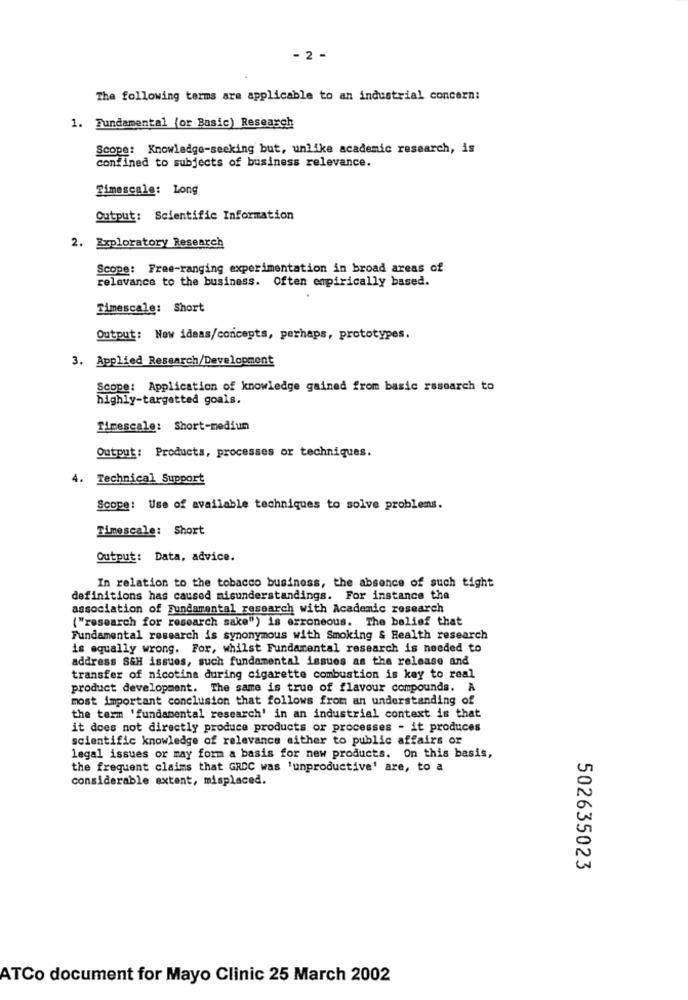
- 2 -
The following terms are applicable to an industrial concern:
1. Fundamental (or Basic) Research
Scope: Knowledge-seeking but, unlike academic research, is
confined to subjects of business relevance.
Timescale: Long
Output: Scientific Information
2. Exploratory Research
Scope: Free-ranging experimentation in broad areas of
relevance to the business. Often empirically based.
Timescale: Short
Output: New ideas/concepts, perhaps, prototypes.
3. Applied Research/Development
Scope: Application of knowledge gained from basic research to
highly-targetted goals.
Timescale: Short-medium
Output: Products, processes or techniques.
4. Technical Support
Scope: Use of available techniques to solve problems.
Timescale: Short
Output: Data, advice.
In relation to the tobacco business, the absence of such tight
definitions has caused misunderstandings. For instance the
association of Fundamental research with Academic research
("research for research sake") is erroneous. The belief that
Fundamental research is synonymous with Smoking & Health research
is equally wrong. For, whilst Fundamental research is needed to
address S&H issues, such fundamental issues as the release and
transfer of nicotine during cigarette combustion is key to real
product development. The same is true of flavour compounds. A
most important conclusion that follows from an understanding of
the term 'fundamental research' in an industrial context is that
it does not directly produce products or processes - it produces
scientific knowledge of relevance sither to public affairs or
legal issues or may form a basis for new products. On this basis,
the frequent claims that GRDC was 'unproductive' are, to a
considerable extent, misplaced.
502635023
ATCo document for Mayo Clinic 25 March 2002